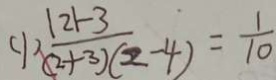
( 1 ) \frac { \vert 2 \vert - 3 } { ( 2 + 3 ) ( 2 - 4 ) } = \frac { 1 } { 1 0 }